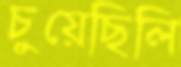
চুয়েছিলি